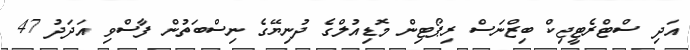
އަދި ސްޓްރެޓީޖިކް ބިޒްނަސް ރިޕޯޓިން މޮޑިއުލްގެ ދުނިޔޭގެ ނިސްބަތުން ފާސްވި އަދަދު 47